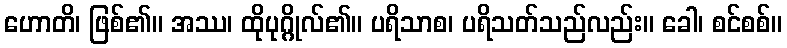
ဟောတိ၊ ဖြစ်၏။ အဿ၊ ထိုပုဂ္ဂိုလ်၏။ ပရိသာစ၊ ပရိသတ်သည်လည်း။ ခေါ၊ စင်စစ်။